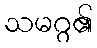
သမဂ္ဂ၏